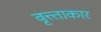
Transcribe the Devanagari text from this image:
वृत्त्ताकार